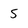
Character: 5